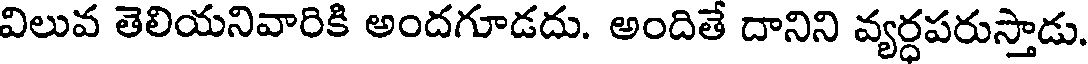
విలువ తెలియనివారికి అందగూడదు. అందితే దానిని వ్యర్ధపరుస్తాడు.